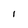
Character: I